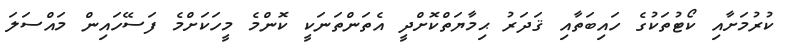
ކުރުމަށާއި ކޯޓުތަކުގެ ހައިބަތާއި ޤަދަރު ޙިމާޔަތްކޮށްދީ އެތަންތަނަކީ ކޮންމެ މީހަކަށްމެ ފަސޭހައިން މައްސަލަ